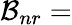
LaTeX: \mathcal{B}_{nr}=